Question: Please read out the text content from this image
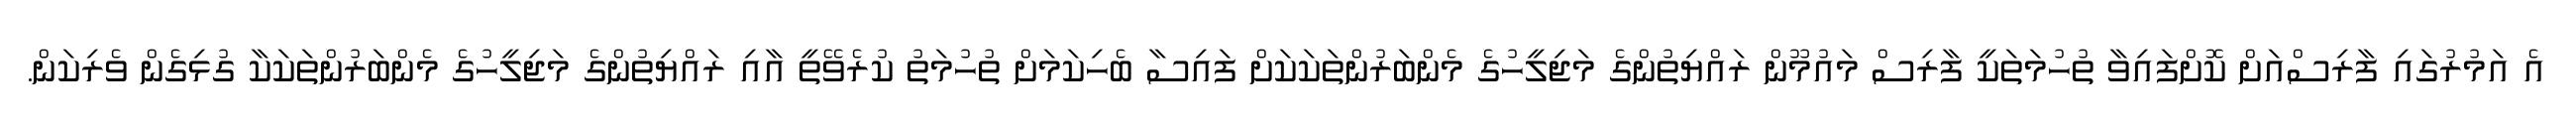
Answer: އެ އަމުރުގައި ފާރިސްއަށް ކޮށްފައިވާ ތުހުމަތަކީ ފާރިސް މައުމޫން ރައްޔިތުންގެ މަޖިލީހުގެ މެންބަރުންތަކަކަށް ފައިސާ ބެހިކަމަށް ތުހުމަތު ކުރެވޭތީ އާއި ރައްޔިތުންގެ މަޖިލީހުގެ މެންބަރުންތަކަކާ ގުޅިގެން ވެރިކަން.